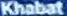
Khabat